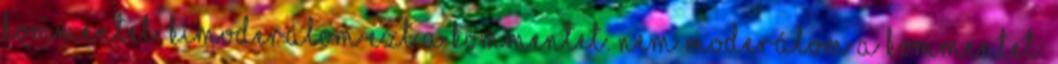
kommentet. Kimoderálom ezt a kommentet. Nem moderálom a kommentet.